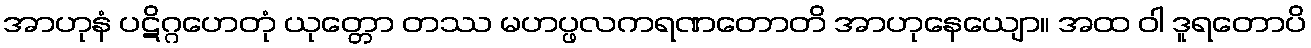
အာဟုနံ ပဋိဂ္ဂဟေတုံ ယုတ္တော တဿ မဟပ္ဖလကရဏတောတိ အာဟုနေယျော။ အထ ဝါ ဒူရတောပိ